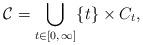
LaTeX: \begin{align*} \mathcal{C} = \bigcup_{t\in [0,\,\infty]}\{t\} \times C_t,\end{align*}